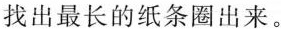
找出最长的纸条圈出来。